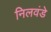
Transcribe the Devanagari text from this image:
निलवंडे